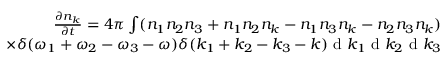
\begin{array} { r } { \frac { \partial n _ { k } } { \partial t } = 4 \pi \int ( n _ { 1 } n _ { 2 } n _ { 3 } + n _ { 1 } n _ { 2 } n _ { k } - n _ { 1 } n _ { 3 } n _ { k } - n _ { 2 } n _ { 3 } n _ { k } ) } \\ { \times \delta ( \omega _ { 1 } + \omega _ { 2 } - \omega _ { 3 } - \omega ) \delta ( k _ { 1 } + k _ { 2 } - k _ { 3 } - k ) \textnormal { d } k _ { 1 } \textnormal { d } k _ { 2 } \textnormal { d } k _ { 3 } } \end{array}